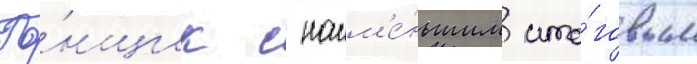
Го́нщик с наим'е́ньшим ито́говым